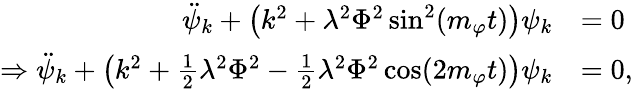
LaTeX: \begin{array}{rl}{\ddot{\psi}_{k}+\left(k^{2}+\lambda^{2}\Phi^{2}\sin^{2}(m_{\varphi}t)\right)\psi_{k}}&{=0}\\ {\Rightarrow\ddot{\psi}_{k}+\left(k^{2}+\frac{1}{2}\lambda^{2}\Phi^{2}-\frac{1}{2}\lambda^{2}\Phi^{2}\cos(2m_{\varphi}t)\right)\psi_{k}}&{=0,}\end{array}